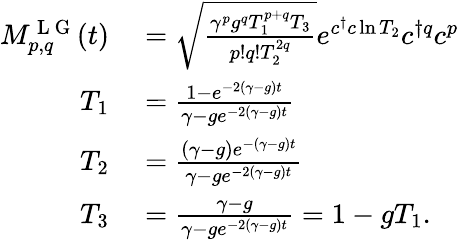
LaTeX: \begin{array}{rl}{M_{p,q}^{\mathrm{~L~G~}}(t)}&{{}=\sqrt{\frac{\gamma^{p}g^{q}T_{1}^{p+q}T_{3}}{p!q!T_{2}^{2q}}}e^{c^{\dagger}c\ln T_{2}}c^{\dagger q}c^{p}}\\ {T_{1}}&{{}=\frac{1-e^{-2(\gamma-g)t}}{\gamma-ge^{-2(\gamma-g)t}}}\\ {T_{2}}&{{}=\frac{(\gamma-g)e^{-(\gamma-g)t}}{\gamma-ge^{-2(\gamma-g)t}}}\\ {T_{3}}&{{}=\frac{\gamma-g}{\gamma-ge^{-2(\gamma-g)t}}=1-gT_{1}.}\end{array}